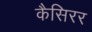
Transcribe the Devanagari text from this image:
कैसिरर